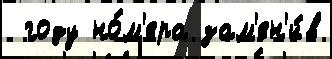
 году но́м'ера зам'ен'и́в